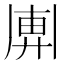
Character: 𢍖